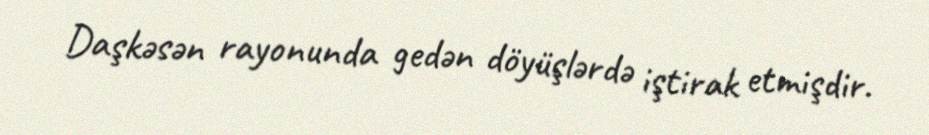
Daşkəsən rayonunda gedən döyüşlərdə iştirak etmişdir.